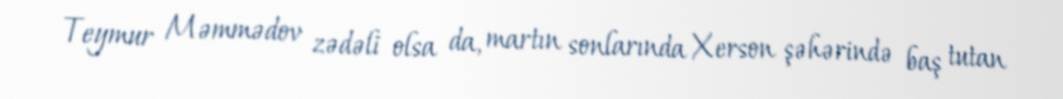
Teymur Məmmədov zədəli olsa da, martın sonlarında Xerson şəhərində baş tutan